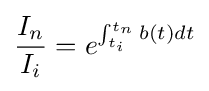
{\frac {I_{n}}{I_{i}}}=e^{\int _{t_{i}}^{t_{n}}{b(t)dt}}